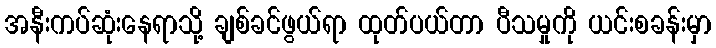
အနီးကပ်ဆုံးနေရာသို့ ချစ်ခင်ဖွယ်ရာ ထုတ်ပယ်တာ ပီသမှုကို ယင်းစခန်းမှာ